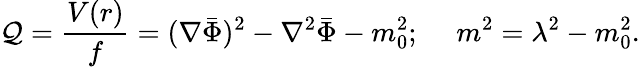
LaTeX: {\cal Q}={\frac{V(r)}{f}}=(\nabla\bar{\Phi})^{2}-\nabla^{2}\bar{\Phi}-m_{0}^{2};~~~~~m^{2}=\lambda^{2}-m_{0}^{2}.